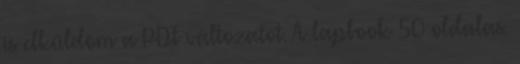
is elküldöm a PDF változatot. A lapbook 50 oldalas.